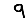
Digit: 9